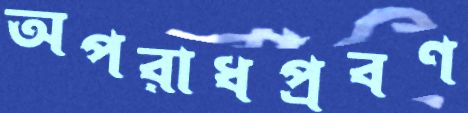
অপরাধপ্রবণ